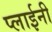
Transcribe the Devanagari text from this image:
प्लाईनी